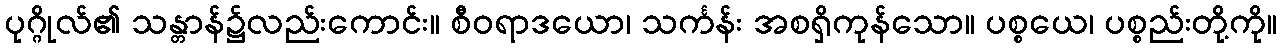
ပုဂ္ဂိုလ်၏ သန္တာန်၌လည်းကောင်း။ စီဝရာဒယော၊ သင်္ကန်း အစရှိကုန်သော။ ပစ္စယေ၊ ပစ္စည်းတို့ကို။